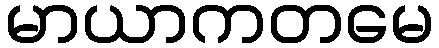
မာယာကတမေ